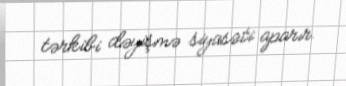
tərkibi dəyişmə siyasəti aparır.